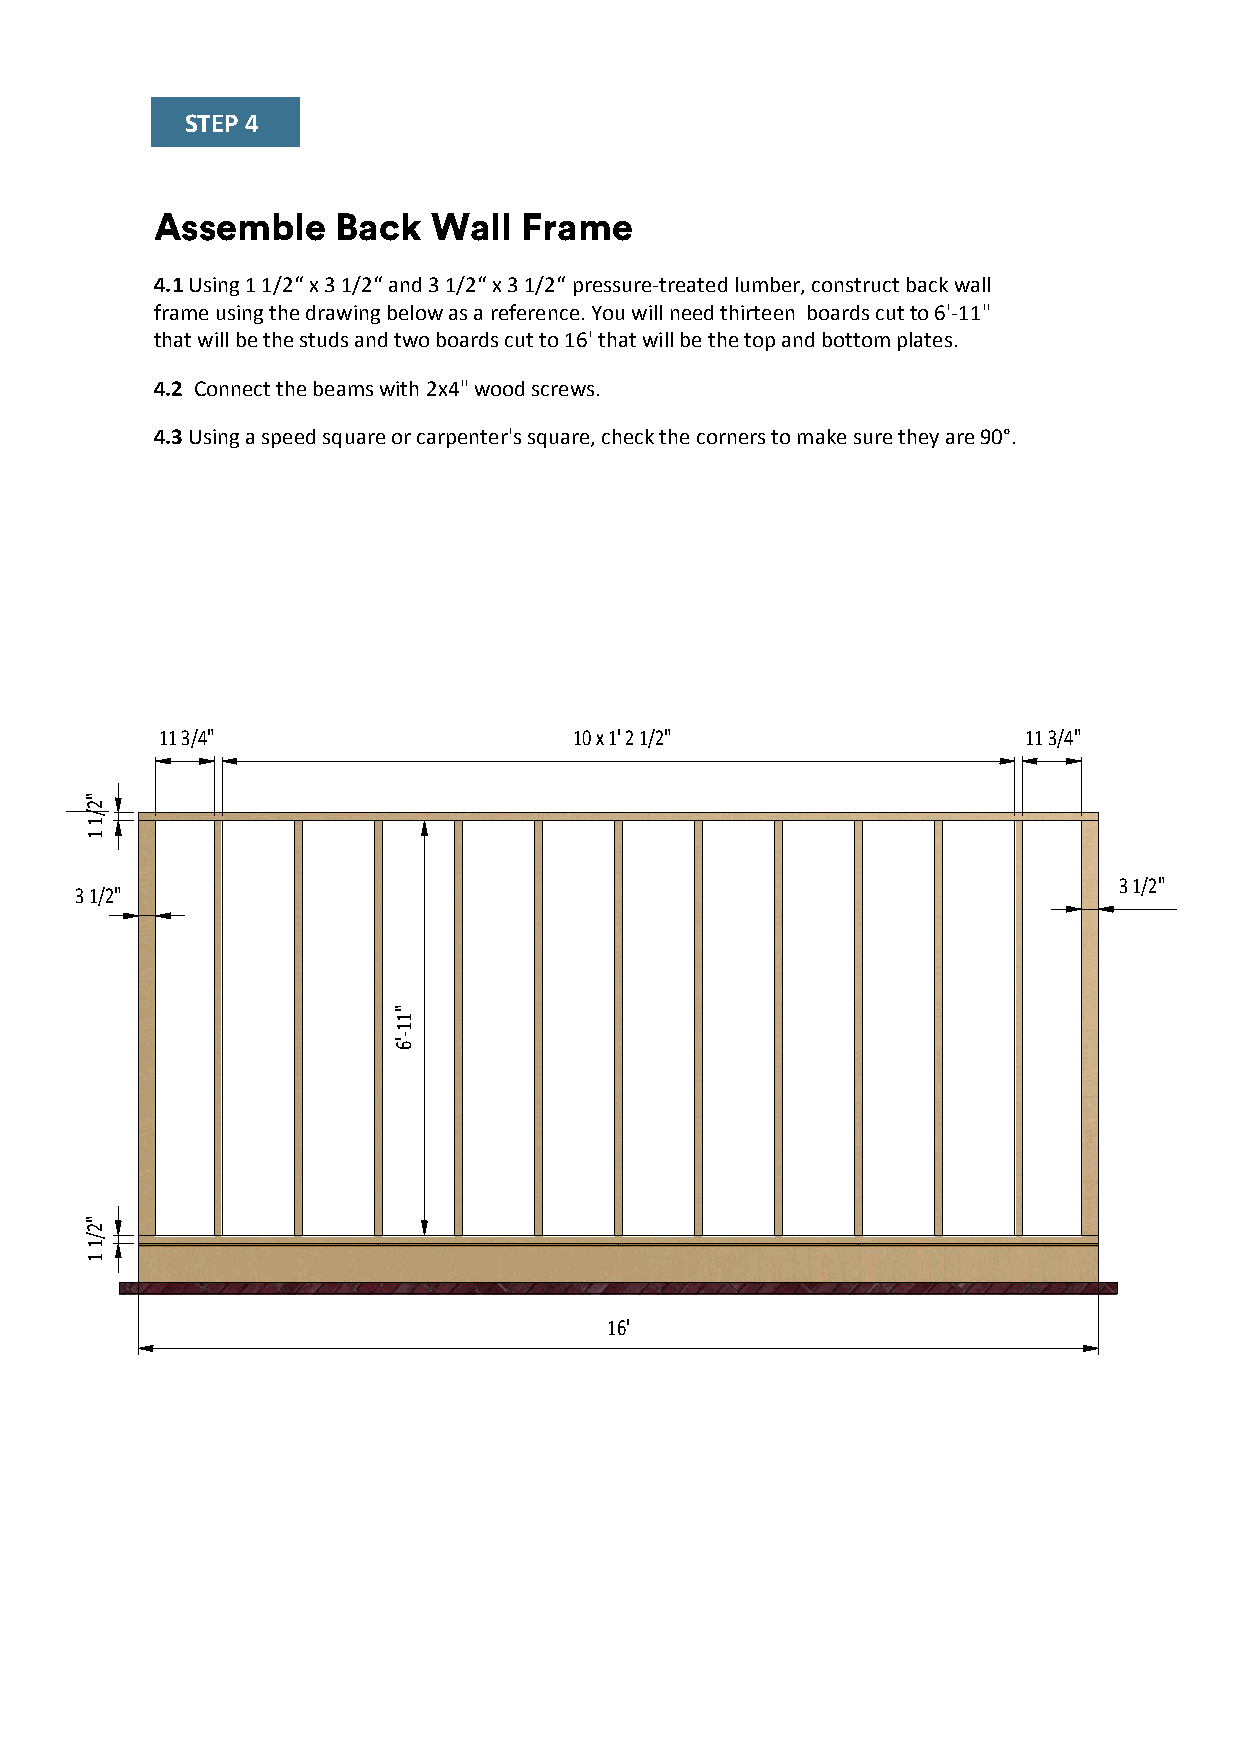
STEP 4
 Assemble    Back   Wall Frame
 4.1 Using 1 1/2“ x 3 1/2“ and 3 1/2“ x 3 1/2“ pressure-treated lumber, construct back wall
 frame using the drawing below as a reference. You will need thirteen boards cut to 6'-11"
 that will be the studs and two boards cut to 16' that will be the top and bottom plates.
 4.2 Connect the beams with 2x4" wood screws.
 4.3 Using a speed square or carpenter's square, check the corners to make sure they are 90°.
 11 3/4"                     10 x 1' 2 1/2"                11 3/4"
 "
 2
 /
 1
 1
 3 1/2"
 3 1/2"
 "
 1
 1
 -'6
 "
 2
 /
 1
 1
 16'